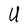
Character: U